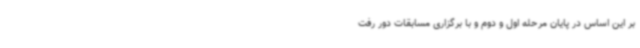
بر این اساس در پایان مرحله اول و دوم و با برگزاری مسابقات دور رفت